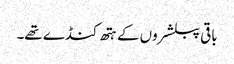
باقی پبلشروں کے ہتھ کنڈے تھے۔